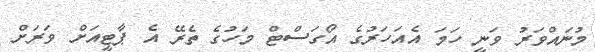
މުނައްވަރު ވަނީ ހަމަ އެއަހަރުގެ އޯގަސްޓް މަހުގެ ތެރޭ އެ ޕާޓީއަށް ވަރަށް